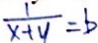
\frac { 1 } { x + y } = b